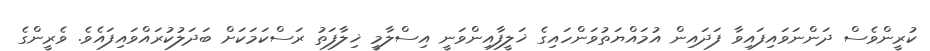
ކުރީންވެސް ދަންނަވައިފައިވާ ފަދައިން އުމައްޔަތުވަންހައިގެ ޚަލީފާއިންވަނީ އިސްލާމީ ޚިލާފަތު ރަސްކަމަކަށް ބަދަލުކުރައްވައިފައެވެ. ވެރީންގެ